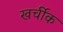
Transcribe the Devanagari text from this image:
खर्चीक